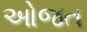
ઓજત